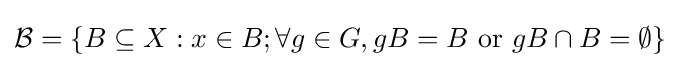
{\mathcal {B}}=\{B\subseteq X:x\in B;\forall g\in G,gB=B\ \mathrm {or} \ gB\cap B=\emptyset \}